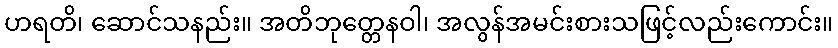
ဟရတိ၊ ဆောင်သနည်း။ အတိဘုတ္တေနဝါ၊ အလွန်အမင်းစားသဖြင့်လည်းကောင်း။